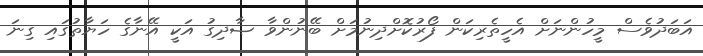
އަބަދުވެސް މީހުންނަށް އެހީތެރިކަން ފޯރުކޮށްދިނުމަށް ބޭނުންވާ ޞާދިގު އަކީ އޭނާގެ ހަޔާތުގައި ގިނަ